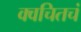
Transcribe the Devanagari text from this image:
क्वचितचं